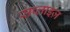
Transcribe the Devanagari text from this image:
सप्लाइज़